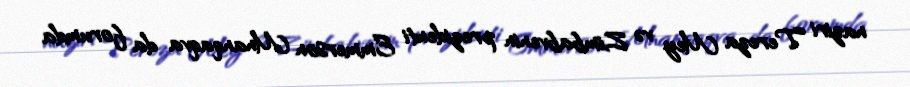
naziri Tereza Mey və Zimbabvenin prezidenti Emmerson Mnanqaqva da forumda